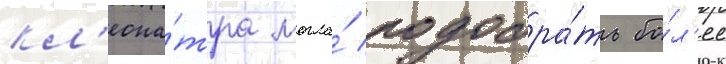
кл'еопа́тра могла́ подобра́ть бо́л'ее